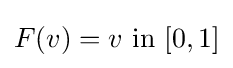
F(v)=v{\text{ in }}[0,1]